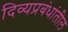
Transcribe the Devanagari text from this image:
दिव्यप्रबंधांतील